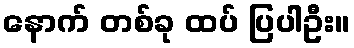
နောက် တစ်ခု ထပ် ပြပါဦး။